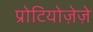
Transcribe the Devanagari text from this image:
प्रोटियोज़ेज़े